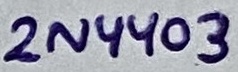
Text: 2N4403